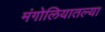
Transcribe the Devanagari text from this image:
मंगोलियातल्या